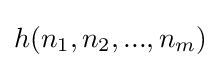
h(n_{1},n_{2},...,n_{m})